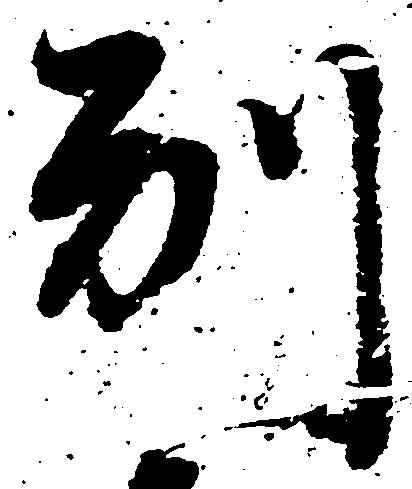
別